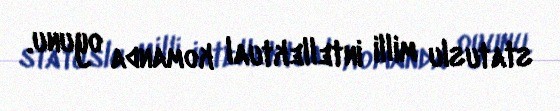
statuslu milli intellektual komanda oyunu.